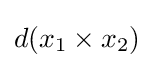
d(x_{1}\times x_{2})